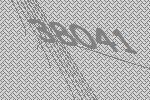
38041